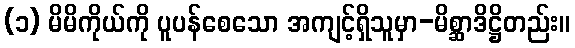
(၁) မိမိကိုယ်ကို ပူပန်စေသော အကျင့်ရှိသူမှာ-မိစ္ဆာဒိဋ္ဌိတည်း။